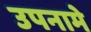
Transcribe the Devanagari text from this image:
उपनामे